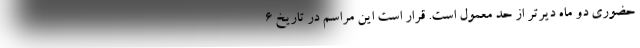
حضوری دو ماه دیرتر از حد معمول است. قرار است این مراسم در تاریخ 6